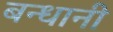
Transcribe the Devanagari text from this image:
बन्धानी